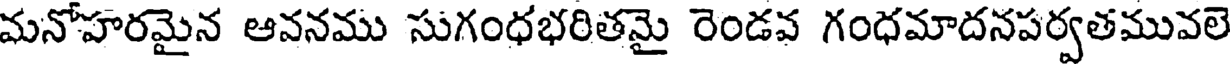
మనోహరమైన ఆవనము సుగంధభరితమై రెండవ గంధమాదనపర్వతమువలె